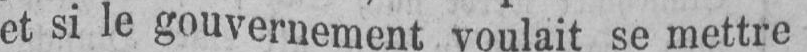
et le gouvernement voulait se mettre